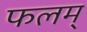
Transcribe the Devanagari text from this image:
फलम्